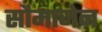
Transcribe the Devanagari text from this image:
सौमाजेन